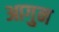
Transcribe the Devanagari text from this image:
आगुन